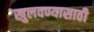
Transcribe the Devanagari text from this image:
खुलवण्यासाठी